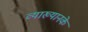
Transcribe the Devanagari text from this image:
व्याख्यानके